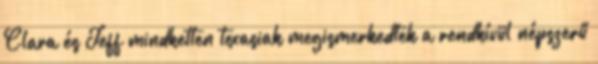
Clara és Jeff mindketten texasiak megismerkedtek a rendkívül népszerű